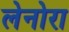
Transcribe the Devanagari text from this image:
लेनोरा